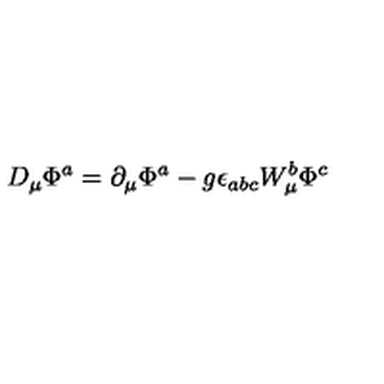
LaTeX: D _ { \mu } \Phi ^ { a } = \partial _ { \mu } \Phi ^ { a } - g \epsilon _ { a b c } W _ { \mu } ^ { b } \Phi ^ { c }